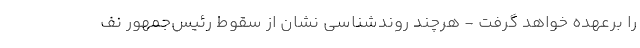
را برعهده خواهد گرفت - هرچند روندشناسی نشان از سقوط رئیس‌جمهور نف